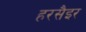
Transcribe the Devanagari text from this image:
हरसैइर